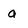
Character: a